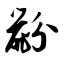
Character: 鼢